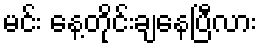
မင်း နေ့တိုင်းချနေပြီလား